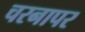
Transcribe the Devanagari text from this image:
चरनापर